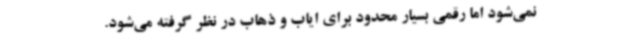
نمی‌شود اما رقمی بسیار محدود برای ایاب و ذهاب در نظر گرفته می‌شود.